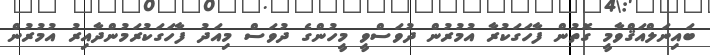
ބައިނަލްއަޤްވާމީ ގޮތުން ފާހަގަކުރާ އުމުރުން ދުވަސްވީ މީހުންގެ ދުވަސް މިއަދު ފާހަގަކުރަމުންދާއިރު އުމުރުން